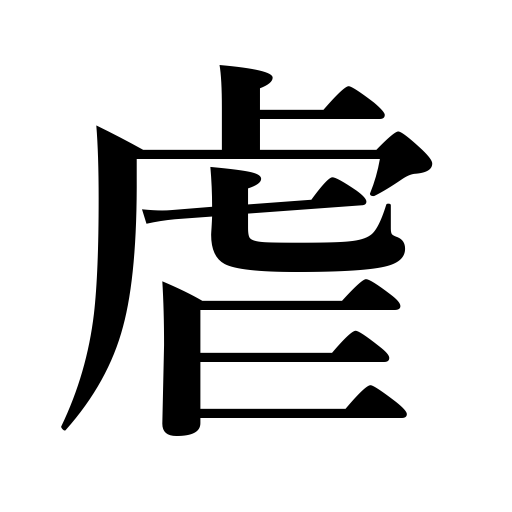
Meanings: tyrannixe,oppress